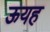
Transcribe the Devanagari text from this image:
ऊयह